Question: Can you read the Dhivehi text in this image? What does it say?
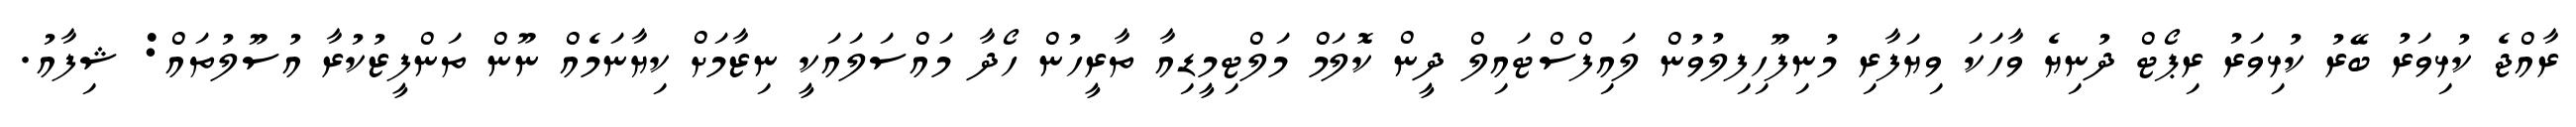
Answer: ރާއްޖެ ކުޅިވަރު ބޭރު ކުޅިވަރު ރިޕޯޓް ދުނިޔެ ވާހަކަ ވިޔަފާރި މުނިފޫހިފިލުވުން ލައިފްސްޓައިލް ދީން ކޮލަމް މަލްޓިމީޑިއާ ތާރީހުން ހޯދާ މައްސަލައަކީ ނިޒާމަށް ކިޔާނަމެއް ނޫން ތަންފީޒުކުރާ އުސޫލުތައް: ޝިފާއު.